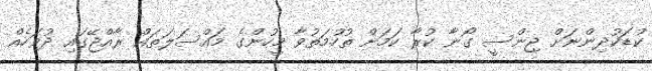
ކުޑަކުދިންނަށް ޖިންސީ ގޯނާ ކުރާ ކަމަށް ތުހުމަތުވާ މީހުންގެ މައްސަލަތައް ރާއްޖޭގައި ދުވަހެއް